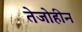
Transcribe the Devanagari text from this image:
तेजोहीन